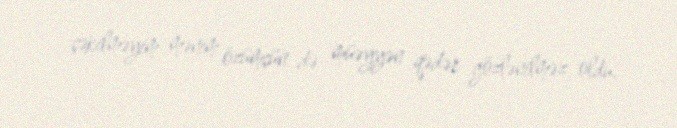
çəkilməyim mənim özümçün də müəyyən qədər gözlənilməz oldu.